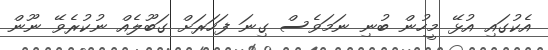
އެކުގައި އުޅޭ މީހުން ބުނި ނަމަވެސް ގިނަ ފަހަރަށް ގަބޫލެއް ނުކުރެވޭ ނޫން